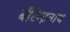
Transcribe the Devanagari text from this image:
बीरेन्द्रनाथ